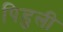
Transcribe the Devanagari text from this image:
पिडुली